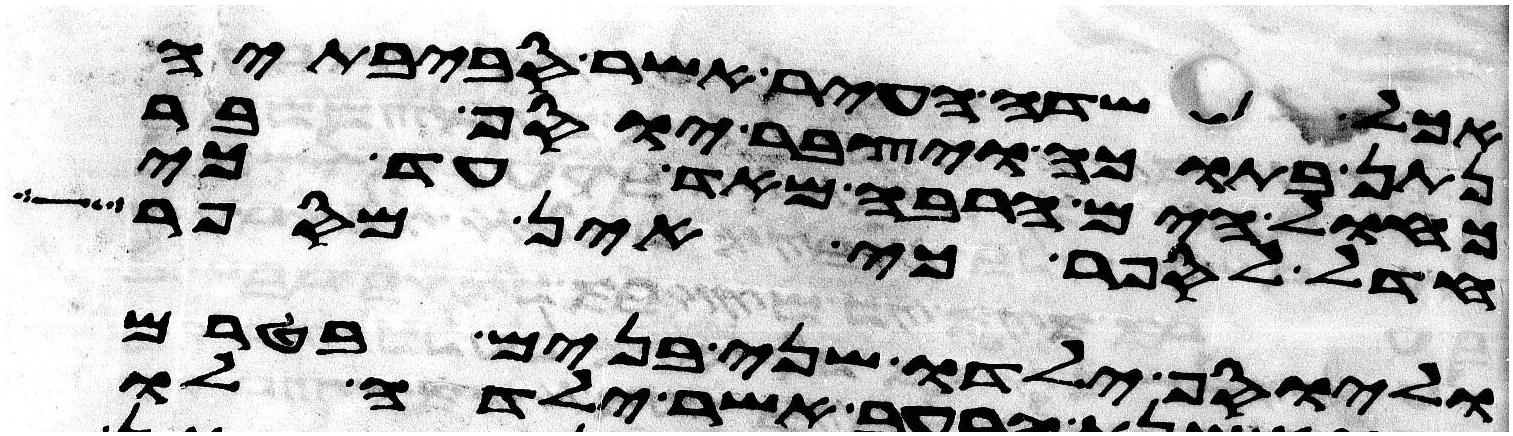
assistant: אכל שדה העיר אשר סביבתיה
נתן בתוכה ויצבר יוסף בר
כחול הים הרבה מאד עד כי
חדל לספר כי אין מספר
וליוסף ילדו שני בנים בטרם